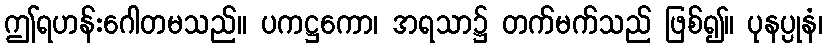
ဤရဟန်းဂေါတမသည်။ ပကဋ္ဌကော၊ အရသာ၌ တက်မက်သည် ဖြစ်၍။ ပုနပ္ပုနံ၊